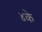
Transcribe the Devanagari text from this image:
४के